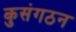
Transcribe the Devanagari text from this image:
कुसंगठन